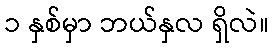
၁ နှစ်မှာ ဘယ်နှလ ရှိလဲ။